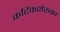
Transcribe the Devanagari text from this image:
कटिकशेरूका